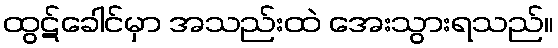
ထွဋ်ခေါင်မှာ အသည်းထဲ အေးသွားရသည်။